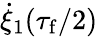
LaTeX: \dot{\xi}_{1}(\tau_{\mathrm{f}}/2)